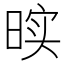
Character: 𰖓